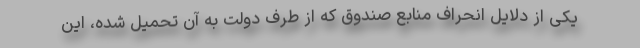
یكی از دلایل انحراف منابع صندوق كه از طرف دولت به آن تحمیل شده، این